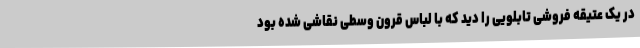
در یک عتیقه فروشی تابلویی را دید که با لباس قرون وسطی نقاشی شده بود